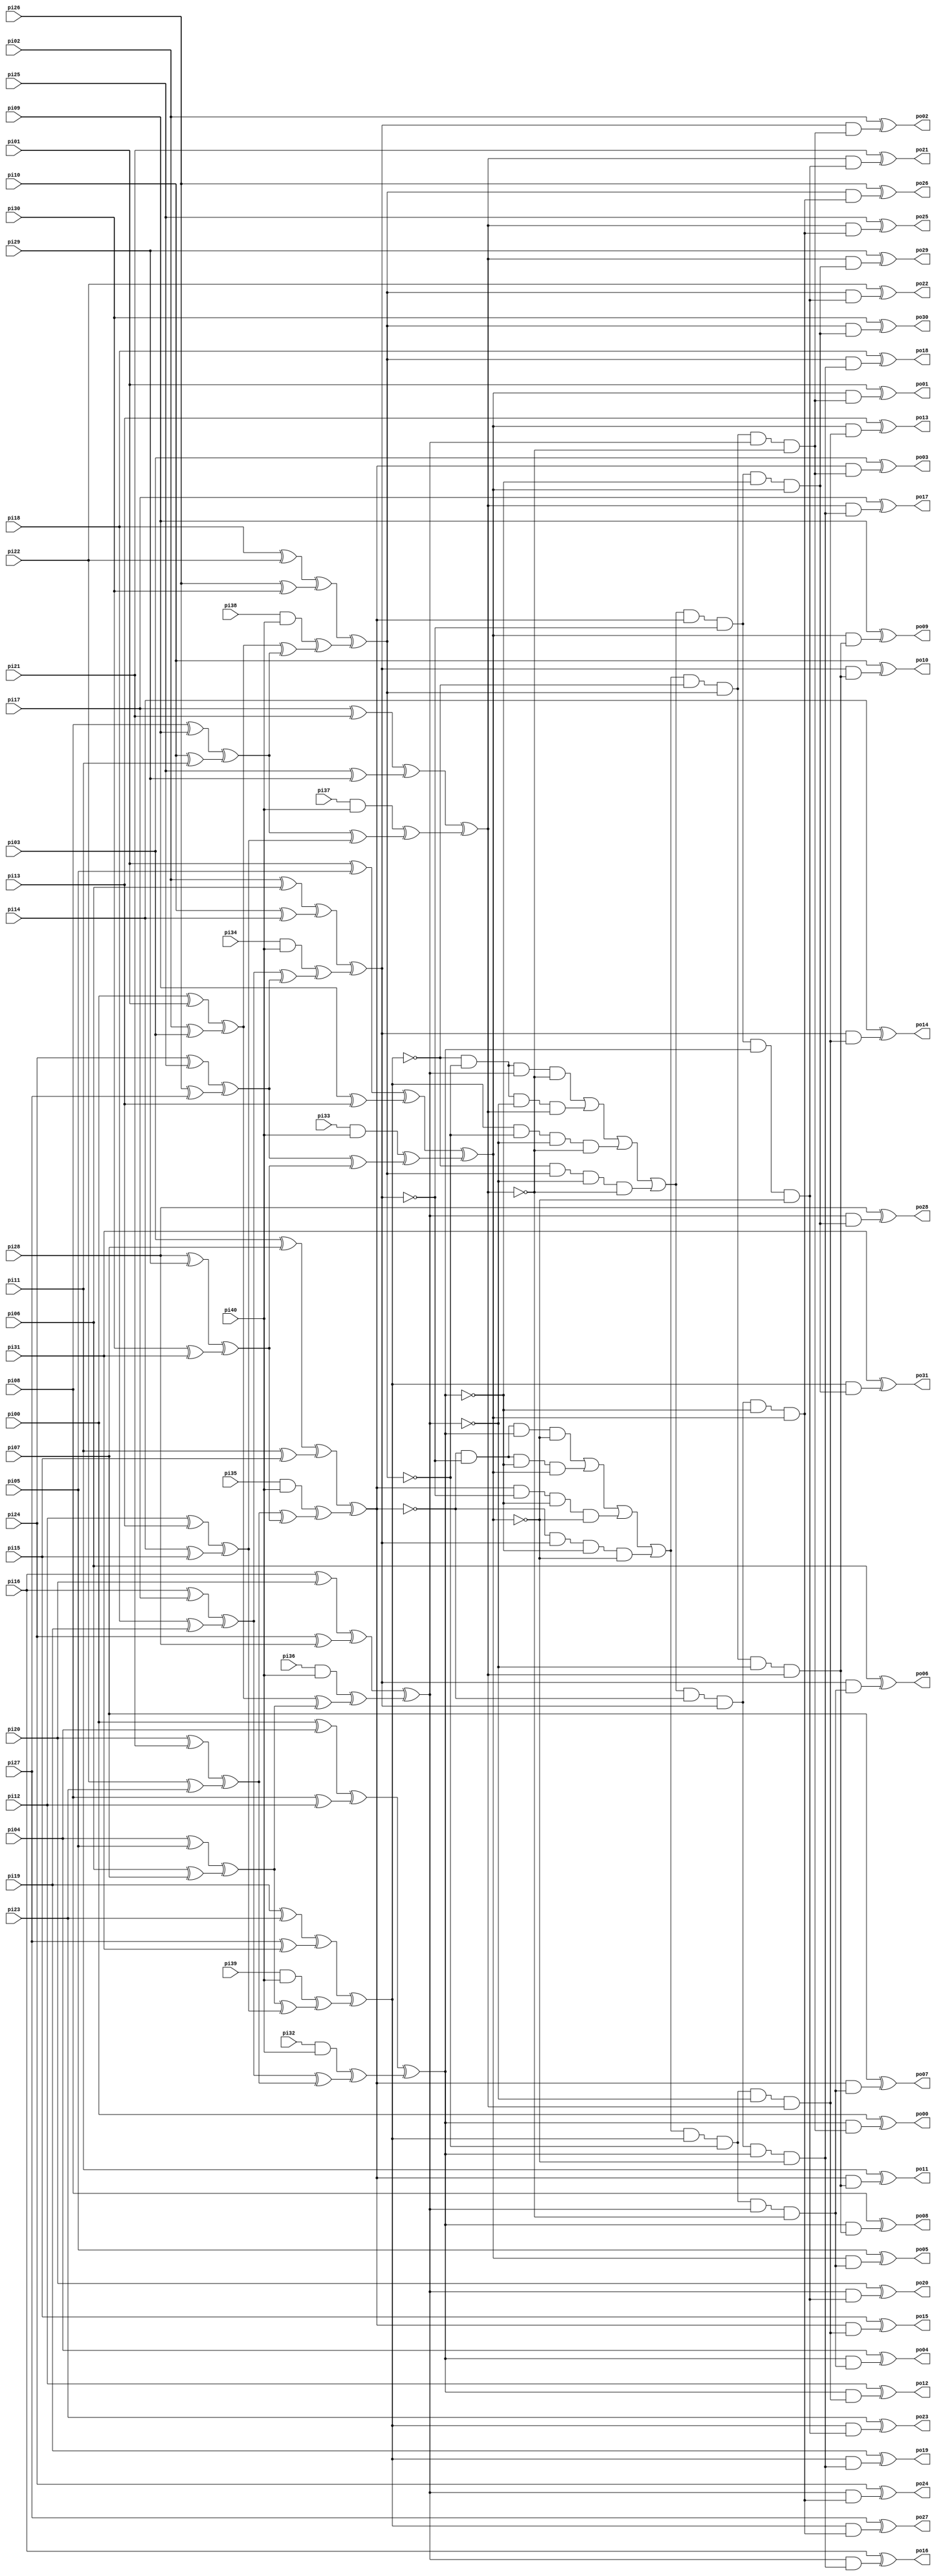
// Benchmark "C499.iscas" written by ABC on Thu Mar 19 13:02:36 2020

module C499_iscas  ( 
    pi00, pi01, pi02, pi03, pi04, pi05, pi06, pi07, pi08, pi09, pi10, pi11,
    pi12, pi13, pi14, pi15, pi16, pi17, pi18, pi19, pi20, pi21, pi22, pi23,
    pi24, pi25, pi26, pi27, pi28, pi29, pi30, pi31, pi32, pi33, pi34, pi35,
    pi36, pi37, pi38, pi39, pi40,
    po00, po01, po02, po03, po04, po05, po06, po07, po08, po09, po10, po11,
    po12, po13, po14, po15, po16, po17, po18, po19, po20, po21, po22, po23,
    po24, po25, po26, po27, po28, po29, po30, po31  );
  input  pi00, pi01, pi02, pi03, pi04, pi05, pi06, pi07, pi08, pi09,
    pi10, pi11, pi12, pi13, pi14, pi15, pi16, pi17, pi18, pi19, pi20, pi21,
    pi22, pi23, pi24, pi25, pi26, pi27, pi28, pi29, pi30, pi31, pi32, pi33,
    pi34, pi35, pi36, pi37, pi38, pi39, pi40;
  output po00, po01, po02, po03, po04, po05, po06, po07, po08, po09, po10,
    po11, po12, po13, po14, po15, po16, po17, po18, po19, po20, po21, po22,
    po23, po24, po25, po26, po27, po28, po29, po30, po31;
  wire new_n74_, new_n75_, new_n76_, new_n77_, new_n78_, new_n79_, new_n80_,
    new_n81_, new_n82_, new_n83_, new_n84_, new_n85_, new_n86_, new_n87_,
    new_n88_, new_n89_, new_n90_, new_n91_, new_n92_, new_n93_, new_n94_,
    new_n95_, new_n96_, new_n97_, new_n98_, new_n99_, new_n100_, new_n101_,
    new_n102_, new_n103_, new_n104_, new_n105_, new_n106_, new_n107_,
    new_n108_, new_n109_, new_n110_, new_n111_, new_n112_, new_n113_,
    new_n114_, new_n115_, new_n116_, new_n117_, new_n118_, new_n119_,
    new_n120_, new_n121_, new_n122_, new_n123_, new_n124_, new_n125_,
    new_n126_, new_n127_, new_n128_, new_n129_, new_n130_, new_n131_,
    new_n132_, new_n133_, new_n134_, new_n135_, new_n136_, new_n137_,
    new_n138_, new_n139_, new_n140_, new_n141_, new_n142_, new_n143_,
    new_n144_, new_n145_, new_n146_, new_n147_, new_n148_, new_n149_,
    new_n150_, new_n151_, new_n152_, new_n153_, new_n154_, new_n155_,
    new_n156_, new_n157_, new_n158_, new_n159_, new_n160_, new_n161_,
    new_n162_, new_n163_, new_n164_, new_n165_, new_n166_, new_n167_,
    new_n168_, new_n169_, new_n170_, new_n171_, new_n172_, new_n173_,
    new_n174_, new_n175_, new_n176_, new_n177_, new_n178_, new_n179_,
    new_n180_, new_n181_, new_n182_, new_n183_, new_n184_, new_n185_,
    new_n186_, new_n187_, new_n188_, new_n189_, new_n190_, new_n191_,
    new_n192_, new_n193_, new_n194_, new_n195_, new_n196_, new_n197_,
    new_n198_, new_n199_, new_n200_, new_n201_, new_n202_, new_n203_,
    new_n204_, new_n205_, new_n206_, new_n207_, new_n208_, new_n209_,
    new_n210_, new_n211_, new_n212_, new_n213_, new_n214_, new_n215_,
    new_n216_, new_n217_, new_n218_, new_n219_, new_n220_, new_n221_,
    new_n222_, new_n223_, new_n224_, new_n225_, new_n226_, new_n227_,
    new_n228_, new_n229_, new_n230_, new_n231_, new_n232_, new_n233_,
    new_n234_, new_n235_, new_n236_, new_n237_, new_n238_, new_n239_,
    new_n240_, new_n241_, new_n242_, new_n243_;
  assign new_n74_ = pi39 & pi40;
  assign new_n75_ = pi38 & pi40;
  assign new_n76_ = pi37 & pi40;
  assign new_n77_ = pi36 & pi40;
  assign new_n78_ = pi35 & pi40;
  assign new_n79_ = pi34 & pi40;
  assign new_n80_ = pi33 & pi40;
  assign new_n81_ = pi32 & pi40;
  assign new_n82_ = pi30 ^ pi31;
  assign new_n83_ = pi28 ^ pi29;
  assign new_n84_ = pi27 ^ pi31;
  assign new_n85_ = pi26 ^ pi30;
  assign new_n86_ = pi26 ^ pi27;
  assign new_n87_ = pi25 ^ pi29;
  assign new_n88_ = pi24 ^ pi28;
  assign new_n89_ = pi24 ^ pi25;
  assign new_n90_ = pi22 ^ pi23;
  assign new_n91_ = pi20 ^ pi21;
  assign new_n92_ = pi19 ^ pi23;
  assign new_n93_ = pi18 ^ pi22;
  assign new_n94_ = pi18 ^ pi19;
  assign new_n95_ = pi17 ^ pi21;
  assign new_n96_ = pi16 ^ pi20;
  assign new_n97_ = pi16 ^ pi17;
  assign new_n98_ = pi14 ^ pi15;
  assign new_n99_ = pi12 ^ pi13;
  assign new_n100_ = pi11 ^ pi15;
  assign new_n101_ = pi10 ^ pi14;
  assign new_n102_ = pi10 ^ pi11;
  assign new_n103_ = pi09 ^ pi13;
  assign new_n104_ = pi08 ^ pi12;
  assign new_n105_ = pi08 ^ pi09;
  assign new_n106_ = pi06 ^ pi07;
  assign new_n107_ = pi04 ^ pi05;
  assign new_n108_ = pi03 ^ pi07;
  assign new_n109_ = pi02 ^ pi06;
  assign new_n110_ = pi02 ^ pi03;
  assign new_n111_ = pi01 ^ pi05;
  assign new_n112_ = pi00 ^ pi04;
  assign new_n113_ = pi00 ^ pi01;
  assign new_n114_ = new_n83_ ^ new_n82_;
  assign new_n115_ = new_n92_ ^ new_n84_;
  assign new_n116_ = new_n93_ ^ new_n85_;
  assign new_n117_ = new_n89_ ^ new_n86_;
  assign new_n118_ = new_n95_ ^ new_n87_;
  assign new_n119_ = new_n96_ ^ new_n88_;
  assign new_n120_ = new_n91_ ^ new_n90_;
  assign new_n121_ = new_n97_ ^ new_n94_;
  assign new_n122_ = new_n99_ ^ new_n98_;
  assign new_n123_ = new_n108_ ^ new_n100_;
  assign new_n124_ = new_n109_ ^ new_n101_;
  assign new_n125_ = new_n105_ ^ new_n102_;
  assign new_n126_ = new_n111_ ^ new_n103_;
  assign new_n127_ = new_n112_ ^ new_n104_;
  assign new_n128_ = new_n107_ ^ new_n106_;
  assign new_n129_ = new_n113_ ^ new_n110_;
  assign new_n130_ = new_n117_ ^ new_n114_;
  assign new_n131_ = new_n120_ ^ new_n114_;
  assign new_n132_ = new_n121_ ^ new_n117_;
  assign new_n133_ = new_n121_ ^ new_n120_;
  assign new_n134_ = new_n125_ ^ new_n122_;
  assign new_n135_ = new_n128_ ^ new_n122_;
  assign new_n136_ = new_n129_ ^ new_n125_;
  assign new_n137_ = new_n129_ ^ new_n128_;
  assign new_n138_ = new_n74_ ^ new_n135_;
  assign new_n139_ = new_n75_ ^ new_n136_;
  assign new_n140_ = new_n76_ ^ new_n134_;
  assign new_n141_ = new_n77_ ^ new_n137_;
  assign new_n142_ = new_n78_ ^ new_n131_;
  assign new_n143_ = new_n79_ ^ new_n132_;
  assign new_n144_ = new_n80_ ^ new_n130_;
  assign new_n145_ = new_n81_ ^ new_n133_;
  assign new_n146_ = new_n115_ ^ new_n138_;
  assign new_n147_ = new_n116_ ^ new_n139_;
  assign new_n148_ = new_n118_ ^ new_n140_;
  assign new_n149_ = new_n119_ ^ new_n141_;
  assign new_n150_ = new_n123_ ^ new_n142_;
  assign new_n151_ = new_n124_ ^ new_n143_;
  assign new_n152_ = new_n126_ ^ new_n144_;
  assign new_n153_ = new_n127_ ^ new_n145_;
  assign new_n154_ = ~new_n146_;
  assign new_n155_ = ~new_n146_;
  assign new_n156_ = ~new_n146_;
  assign new_n157_ = ~new_n146_;
  assign new_n158_ = ~new_n146_;
  assign new_n159_ = ~new_n147_;
  assign new_n160_ = ~new_n147_;
  assign new_n161_ = ~new_n147_;
  assign new_n162_ = ~new_n147_;
  assign new_n163_ = ~new_n147_;
  assign new_n164_ = ~new_n148_;
  assign new_n165_ = ~new_n148_;
  assign new_n166_ = ~new_n148_;
  assign new_n167_ = ~new_n148_;
  assign new_n168_ = ~new_n148_;
  assign new_n169_ = ~new_n149_;
  assign new_n170_ = ~new_n149_;
  assign new_n171_ = ~new_n149_;
  assign new_n172_ = ~new_n149_;
  assign new_n173_ = ~new_n149_;
  assign new_n174_ = ~new_n150_;
  assign new_n175_ = ~new_n150_;
  assign new_n176_ = ~new_n150_;
  assign new_n177_ = ~new_n150_;
  assign new_n178_ = ~new_n150_;
  assign new_n179_ = ~new_n151_;
  assign new_n180_ = ~new_n151_;
  assign new_n181_ = ~new_n151_;
  assign new_n182_ = ~new_n151_;
  assign new_n183_ = ~new_n151_;
  assign new_n184_ = ~new_n152_;
  assign new_n185_ = ~new_n152_;
  assign new_n186_ = ~new_n152_;
  assign new_n187_ = ~new_n152_;
  assign new_n188_ = ~new_n152_;
  assign new_n189_ = ~new_n153_;
  assign new_n190_ = ~new_n153_;
  assign new_n191_ = ~new_n153_;
  assign new_n192_ = ~new_n153_;
  assign new_n193_ = ~new_n153_;
  assign new_n194_ = new_n146_ & new_n159_ & new_n169_ & new_n164_;
  assign new_n195_ = new_n154_ & new_n147_ & new_n170_ & new_n165_;
  assign new_n196_ = new_n155_ & new_n160_ & new_n171_ & new_n148_;
  assign new_n197_ = new_n156_ & new_n161_ & new_n149_ & new_n166_;
  assign new_n198_ = new_n150_ & new_n179_ & new_n189_ & new_n184_;
  assign new_n199_ = new_n174_ & new_n151_ & new_n190_ & new_n185_;
  assign new_n200_ = new_n175_ & new_n180_ & new_n191_ & new_n152_;
  assign new_n201_ = new_n176_ & new_n181_ & new_n153_ & new_n186_;
  assign new_n202_ = new_n197_ | new_n196_ | new_n194_ | new_n195_;
  assign new_n203_ = new_n201_ | new_n200_ | new_n198_ | new_n199_;
  assign new_n204_ = new_n203_ & new_n146_ & new_n162_ & new_n149_ & new_n168_;
  assign new_n205_ = new_n203_ & new_n146_ & new_n163_ & new_n173_ & new_n148_;
  assign new_n206_ = new_n203_ & new_n157_ & new_n147_ & new_n149_ & new_n167_;
  assign new_n207_ = new_n203_ & new_n158_ & new_n147_ & new_n172_ & new_n148_;
  assign new_n208_ = new_n202_ & new_n150_ & new_n182_ & new_n153_ & new_n188_;
  assign new_n209_ = new_n202_ & new_n150_ & new_n183_ & new_n193_ & new_n152_;
  assign new_n210_ = new_n202_ & new_n177_ & new_n151_ & new_n153_ & new_n187_;
  assign new_n211_ = new_n202_ & new_n178_ & new_n151_ & new_n192_ & new_n152_;
  assign new_n212_ = new_n146_ & new_n210_;
  assign new_n213_ = new_n146_ & new_n208_;
  assign new_n214_ = new_n146_ & new_n211_;
  assign new_n215_ = new_n146_ & new_n209_;
  assign new_n216_ = new_n147_ & new_n210_;
  assign new_n217_ = new_n147_ & new_n208_;
  assign new_n218_ = new_n147_ & new_n211_;
  assign new_n219_ = new_n147_ & new_n209_;
  assign new_n220_ = new_n148_ & new_n210_;
  assign new_n221_ = new_n148_ & new_n208_;
  assign new_n222_ = new_n148_ & new_n211_;
  assign new_n223_ = new_n148_ & new_n209_;
  assign new_n224_ = new_n149_ & new_n210_;
  assign new_n225_ = new_n149_ & new_n208_;
  assign new_n226_ = new_n149_ & new_n211_;
  assign new_n227_ = new_n149_ & new_n209_;
  assign new_n228_ = new_n150_ & new_n206_;
  assign new_n229_ = new_n150_ & new_n204_;
  assign new_n230_ = new_n150_ & new_n207_;
  assign new_n231_ = new_n150_ & new_n205_;
  assign new_n232_ = new_n151_ & new_n206_;
  assign new_n233_ = new_n151_ & new_n204_;
  assign new_n234_ = new_n151_ & new_n207_;
  assign new_n235_ = new_n151_ & new_n205_;
  assign new_n236_ = new_n152_ & new_n206_;
  assign new_n237_ = new_n152_ & new_n204_;
  assign new_n238_ = new_n152_ & new_n207_;
  assign new_n239_ = new_n152_ & new_n205_;
  assign new_n240_ = new_n153_ & new_n206_;
  assign new_n241_ = new_n153_ & new_n204_;
  assign new_n242_ = new_n153_ & new_n207_;
  assign new_n243_ = new_n153_ & new_n205_;
  assign po31 = pi31 ^ new_n215_;
  assign po30 = pi30 ^ new_n219_;
  assign po29 = pi29 ^ new_n223_;
  assign po28 = pi28 ^ new_n227_;
  assign po27 = pi27 ^ new_n214_;
  assign po26 = pi26 ^ new_n218_;
  assign po25 = pi25 ^ new_n222_;
  assign po24 = pi24 ^ new_n226_;
  assign po23 = pi23 ^ new_n213_;
  assign po22 = pi22 ^ new_n217_;
  assign po21 = pi21 ^ new_n221_;
  assign po20 = pi20 ^ new_n225_;
  assign po19 = pi19 ^ new_n212_;
  assign po18 = pi18 ^ new_n216_;
  assign po17 = pi17 ^ new_n220_;
  assign po16 = pi16 ^ new_n224_;
  assign po15 = pi15 ^ new_n231_;
  assign po14 = pi14 ^ new_n235_;
  assign po13 = pi13 ^ new_n239_;
  assign po12 = pi12 ^ new_n243_;
  assign po11 = pi11 ^ new_n230_;
  assign po10 = pi10 ^ new_n234_;
  assign po09 = pi09 ^ new_n238_;
  assign po08 = pi08 ^ new_n242_;
  assign po07 = pi07 ^ new_n229_;
  assign po06 = pi06 ^ new_n233_;
  assign po05 = pi05 ^ new_n237_;
  assign po04 = pi04 ^ new_n241_;
  assign po03 = pi03 ^ new_n228_;
  assign po02 = pi02 ^ new_n232_;
  assign po01 = pi01 ^ new_n236_;
  assign po00 = pi00 ^ new_n240_;
endmodule